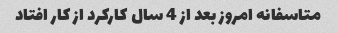
متاسفانه امروز بعد از 4 سال کارکرد از کار افتاد